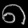
Digit: ၈